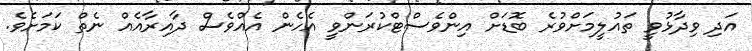
އަދި ވިދާޅުވީ ތައުލީމަށްވުރެ ބޮޑަށް އިންވެސްޓްކުރަންވީ އެހެން އެއްވެސް ދާއިރާއެއް ނެތް ކަމަށެވެ.